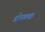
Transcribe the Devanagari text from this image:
डोमकछ